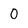
Character: 0